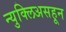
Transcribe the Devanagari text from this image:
न्युक्लिअसहून